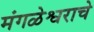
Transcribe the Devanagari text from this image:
मंगळेश्वराचे